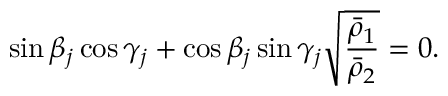
\sin \beta _ { j } \cos \gamma _ { j } + \cos \beta _ { j } \sin \gamma _ { j } \sqrt { \frac { \bar { \rho } _ { 1 } } { \bar { \rho } _ { 2 } } } = 0 .